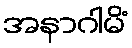
အနာဂါမိံ